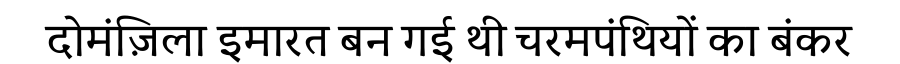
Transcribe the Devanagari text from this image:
दोमंज़िला इमारत बन गई थी चरमपंथियों का बंकर